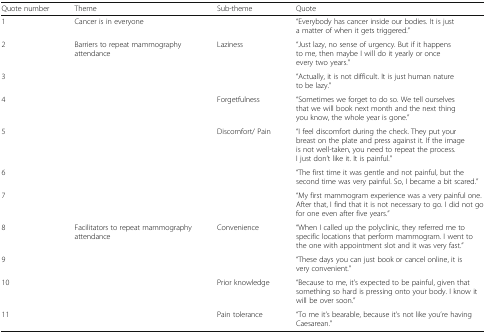
| Quote number | Theme | Sub-theme | Quote |
 | --- | --- | --- | --- |
 | 1 | Cancer is in everyone |  | “Everybody has cancer inside our bodies. It is just a matter of when it gets triggered.” |
 | 2 | <ROWSPAN=6> Barriers to repeat mammography attendance | <ROWSPAN=2> Laziness | “Just lazy, no sense of urgency. But if it happens to me, then maybe I will do it yearly or once every two years.” |
 | 3 | “Actually, it is not difficult. It is just human nature to be lazy.” |
 | 4 | Forgetfulness | “Sometimes we forget to do so. We tell ourselves that we will book next month and the next thing you know, the whole year is gone.” |
 | 5 | <ROWSPAN=3> Discomfort/ Pain | “I feel discomfort during the check. They put your breast on the plate and press against it. If the image is not well-taken, you need to repeat the process. I just don’t like it. It is painful.” |
 | 6 | “The first time it was gentle and not painful, but the second time was very painful. So, I became a bit scared.” |
 | 7 | “My first mammogram experience was a very painful one. After that, I find that it is not necessary to go. I did not go for one even after five years.” |
 | 8 | <ROWSPAN=4> Facilitators to repeat mammography attendance | <ROWSPAN=2> Convenience | “When I called up the polyclinic, they referred me to specific locations that perform mammogram. I went to the one with appointment slot and it was very fast.” |
 | 9 | “These days you can just book or cancel online, it is very convenient.” |
 | 10 | Prior knowledge | “Because to me, it’s expected to be painful, given that something so hard is pressing onto your body. I know it will be over soon.” |
 | 11 | Pain tolerance | “To me it’s bearable, because it’s not like you’re having Caesarean.” |